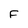
Character: F